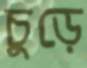
চুড়ে